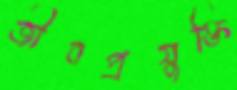
জীবপ্রযুক্তি